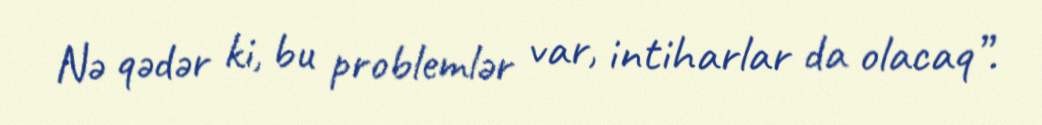
Nə qədər ki, bu problemlər var, intiharlar da olacaq”.